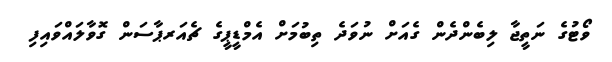
ވޯޓުގެ ނަތީޖާ ލިބެންދެން ގެއަށް ނުވަދެ ތިބުމަށް އެމްޑީޕީގެ ޗެއަރޕާސަން ގޮވާލައްވައިފި